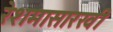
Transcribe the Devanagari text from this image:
रेशमासारखी